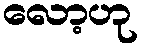
လော့ဟု